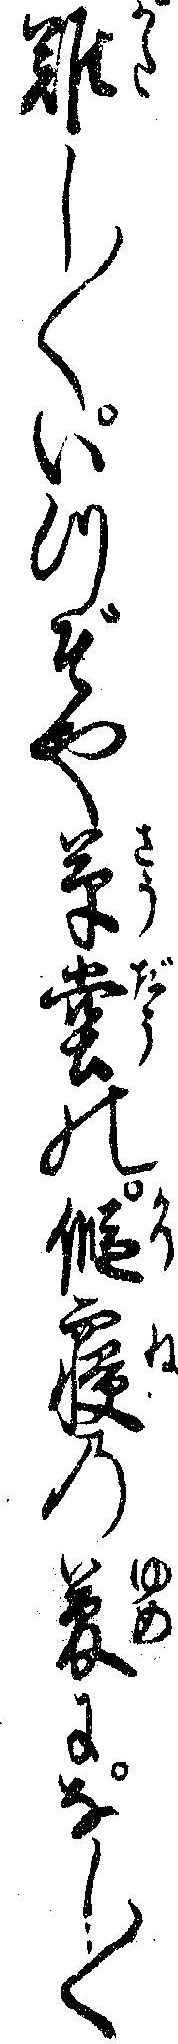
難し〱いつぞや草堂の仮寝の夢になし〱